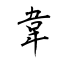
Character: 韋